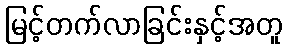
မြင့်တက်လာခြင်းနှင့်အတူ